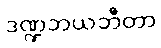
ဒဏ္ဍဘယဘီတာ